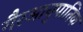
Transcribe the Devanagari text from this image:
गैरआनुपातिक